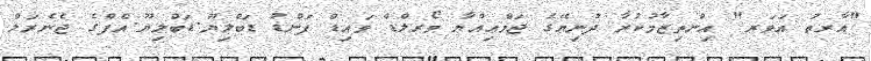
"އާރތު އަވަރ" އިންތިޒާމުކުރާ ދުނިޔޭގެ ޖަމްޢިއްޔާ ވޯރލްޑް ވައިޑް ފަންޑު ޑަބްލިޔޫ.ޑަބްލިޔޫ.އެފްގެ ޖެނެރަލް